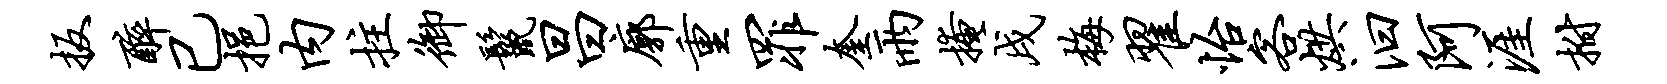
扳醉已挹内拄御鬣昌廓重罪奎雨掩戌梅翟怡客烘汩阿涯拊